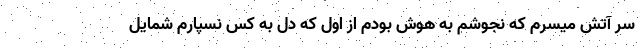
سر آتش میسرم که نجوشم به هوش بودم از اول که دل به کس نسپارم شمایل